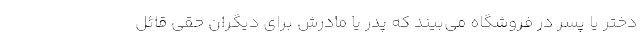
دختر یا پسر در فروشگاه می‌بیند که پدر یا مادرش برای دیگران حقی قائل